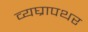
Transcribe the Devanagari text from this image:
व्यघ्रापथर